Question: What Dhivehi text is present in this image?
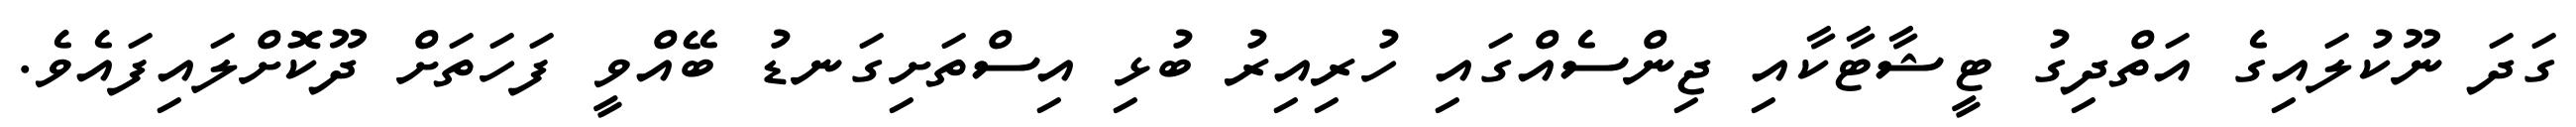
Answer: ގަދަ ނޫކުލައިގެ އަތްދިގު ޓީޝާޓާކާއި ޖިންސެއްގައި ހުރިއިރު ބުޅި އިސްތަށިގަނޑު ބޭއްވީ ފަހަތަށް ދޫކޮށްލައިފައެވެ.